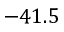
- 4 1 . 5